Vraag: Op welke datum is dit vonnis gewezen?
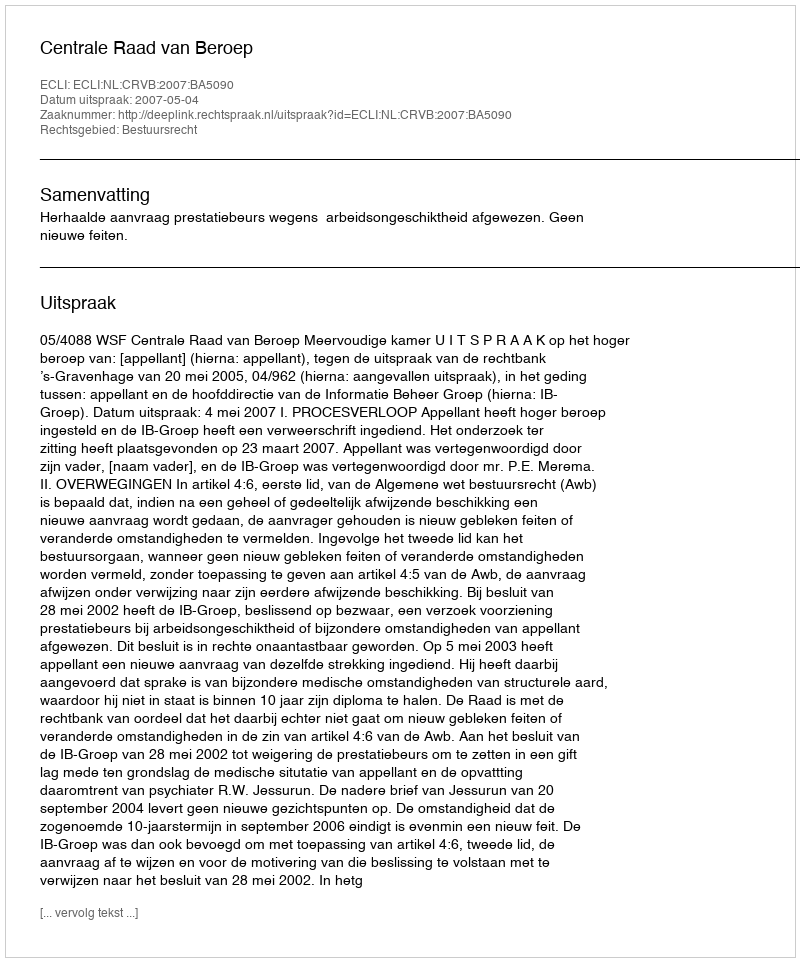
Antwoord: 2007-05-04